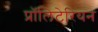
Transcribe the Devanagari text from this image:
प्रॉलिटेरियन